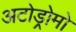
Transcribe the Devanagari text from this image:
अटोड्रोमो